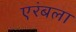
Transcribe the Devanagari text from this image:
एरंबला